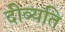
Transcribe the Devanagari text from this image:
दीव्यति